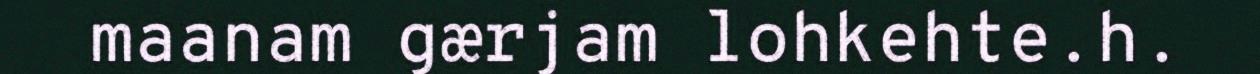
maanam gærjam lohkehte.h.